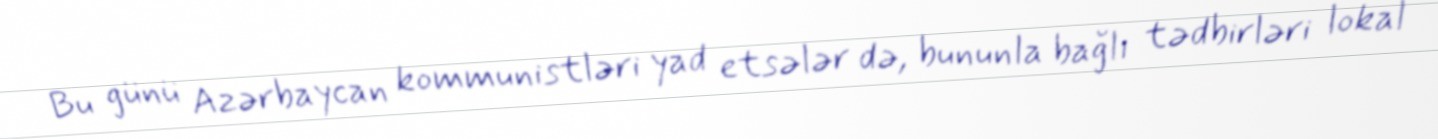
Bu günü Azərbaycan kommunistləri yad etsələr də, bununla bağlı tədbirləri lokal